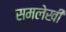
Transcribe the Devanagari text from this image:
समलेखी